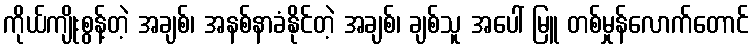
ကိုယ်ကျိုးစွန့်တဲ့ အချစ်၊ အနစ်နာခံနိုင်တဲ့ အချစ်၊ ချစ်သူ အပေါ် မြူ တစ်မှုန်လောက်တောင်